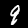
Digit: 9